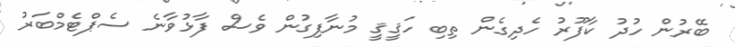
ބޭރުން ހުދު ކާފޫރު ހެދިގެން ތިބި ހަޤީޤީ މުނާފިގުން ވެސް ފާޅުވާނެ ސެޕްޓެމްބަރު